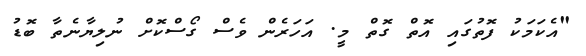
"އެކަމަކު ފޮތުގައި އޮތް ގޮތް މީ. އަހަރެން ވެސް ގޯސްކޮށް ނުލިޔާނެތާ ބޮޑު